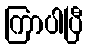
ကြာပါပြီ